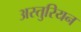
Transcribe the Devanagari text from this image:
अस्तुरियन